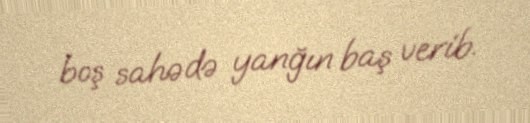
boş sahədə yanğın baş verib.